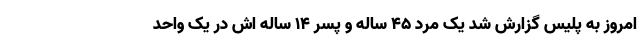
امروز به پلیس گزارش شد یک مرد ۴۵ ساله و پسر ۱۴ ساله اش در یک واحد